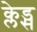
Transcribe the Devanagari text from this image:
क्लेड्स